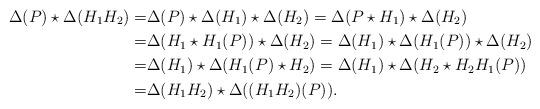
LaTeX: \begin{align*}\Delta(P)\star \Delta(H_1H_2)=&\Delta(P)\star \Delta(H_1)\star \Delta(H_2)=\Delta(P\star H_1)\star \Delta(H_2)\\=&\Delta(H_1 \star H_1(P))\star \Delta(H_2)=\Delta(H_1) \star \Delta(H_1(P))\star \Delta(H_2)\\=&\Delta(H_1) \star \Delta(H_1(P)\star H_2)=\Delta(H_1) \star \Delta(H_2 \star H_2H_1(P))\\=&\Delta(H_1H_2) \star \Delta((H_1H_2)(P)). \end{align*}